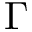
\Gamma